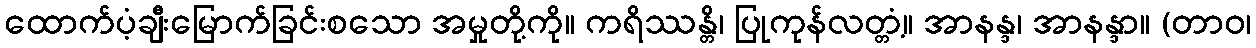
ထောက်ပံ့ချီးမြောက်ခြင်းစသော အမှုတို့ကို။ ကရိဿန္တိ၊ ပြုကုန်လတ္တံ့။ အာနန္ဒ၊ အာနန္ဒာ။ (တာဝ၊